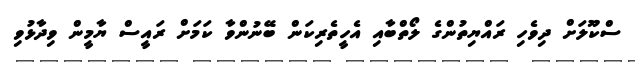
ސްކޫލަށް ދިވެހި ރައްޔިތުންގެ ލޯތްބާއި އެހީތެރިކަން ބޭނުންވާ ކަމަށް ރައީސް ޔާމީން ވިދާޅުވި